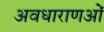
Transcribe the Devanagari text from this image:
अवधाराणओं